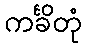
ကင်္ခိတုံ